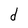
Character: d